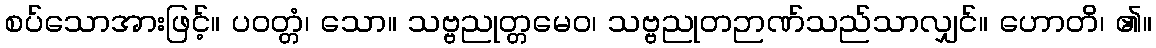
စပ်သောအားဖြင့်။ ပဝတ္တံ၊ သော။ သဗ္ဗညုတ္တမေဝ၊ သဗ္ဗညုတဉာဏ်သည်သာလျှင်။ ဟောတိ၊ ၏။